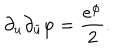
LaTeX: \partial _ { u } \partial _ { \bar { u } } \varphi = { \frac { e ^ { \varphi } } { 2 } } .